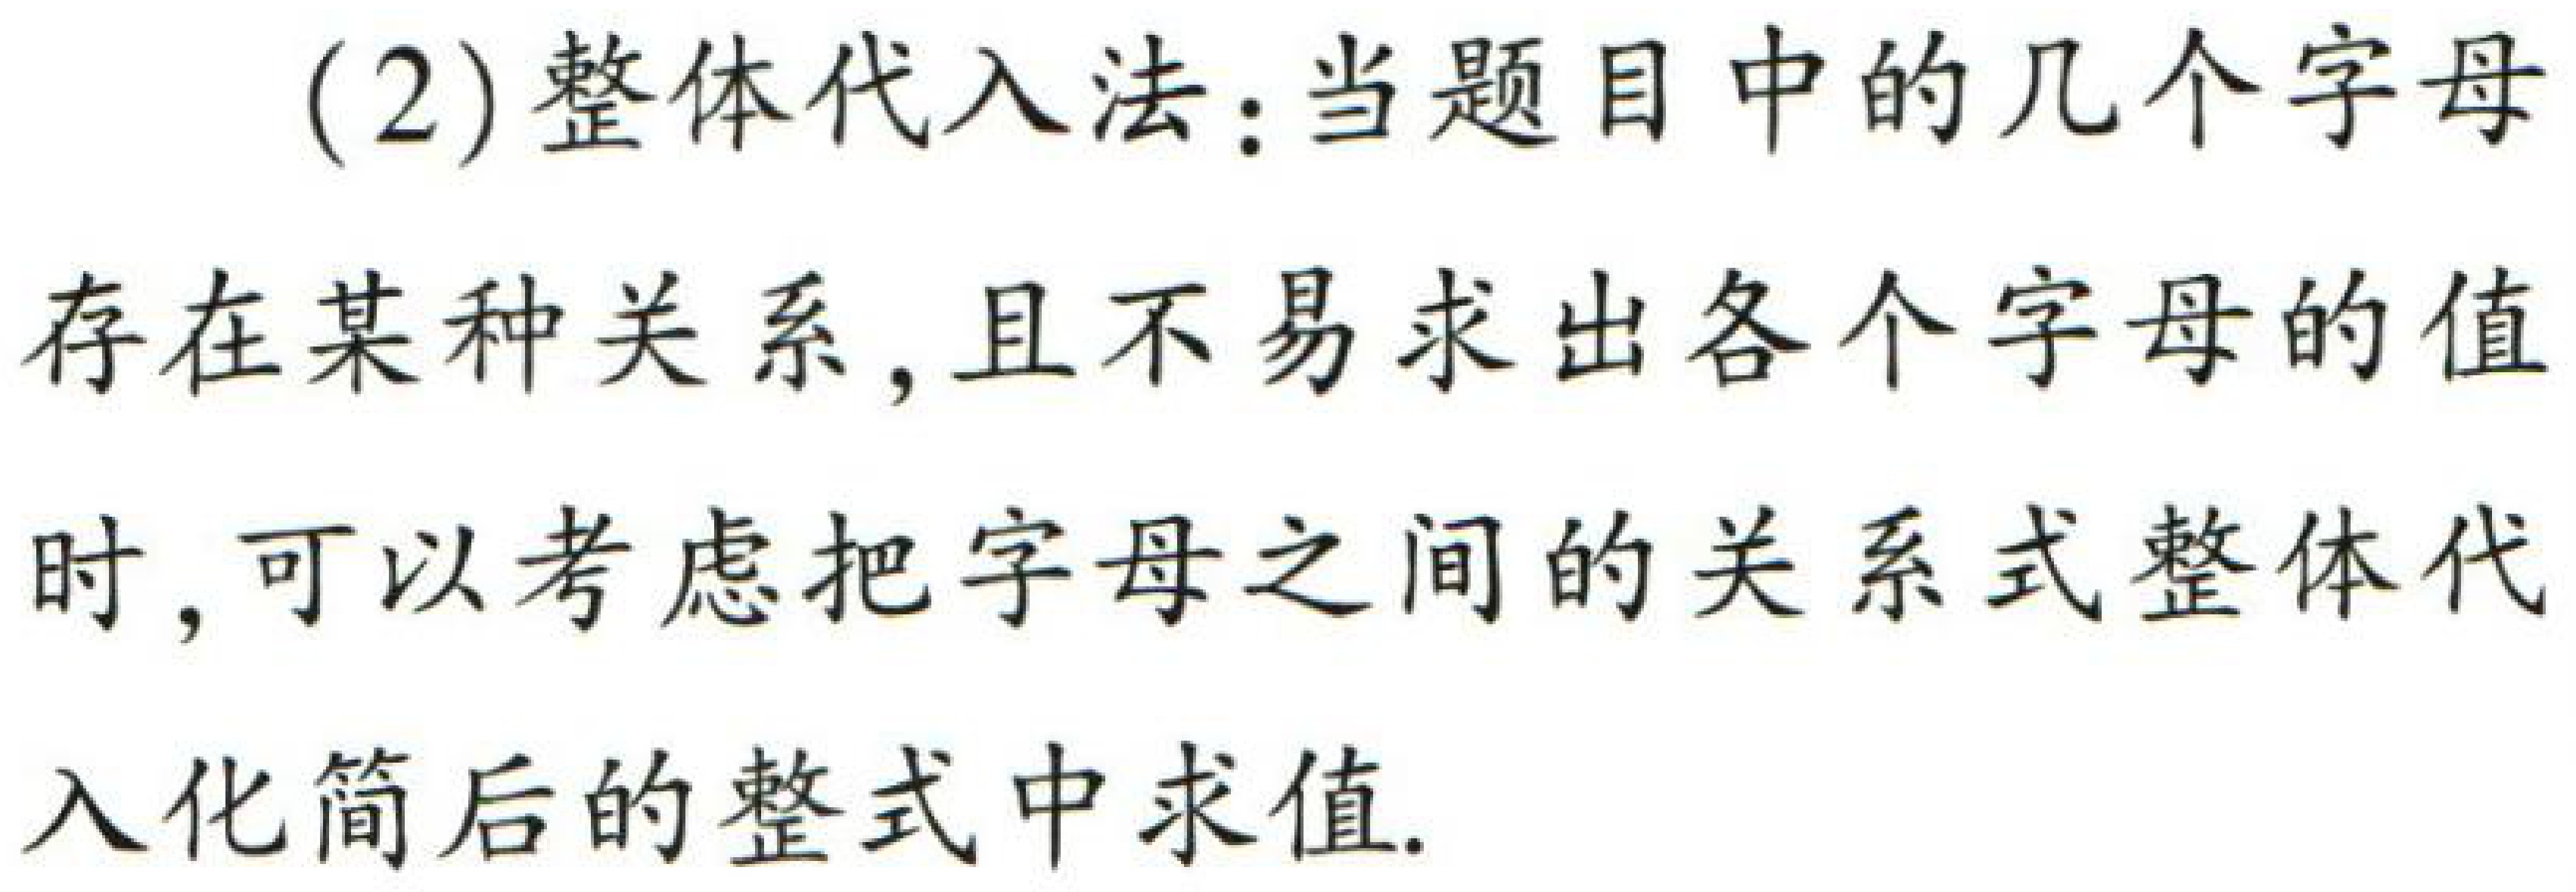
(2)整体代入法：当题目中的几个字母存在某种关系，且不易求出各个字母的值时，可以考虑把字母之间的关系式整体代入化简后的整式中求值.